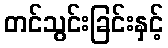
တင်သွင်းခြင်းနှင့်